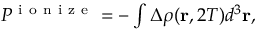
\begin{array} { r } { P ^ { \mathrm { ~ i ~ o ~ n ~ i ~ z ~ e ~ } } = - \int \Delta \rho ( \mathbf { r } , 2 T ) d ^ { 3 } \mathbf { r } , } \end{array}